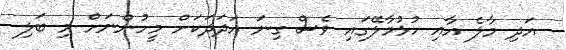
އަދި މާލެ އާއި ހުޅުމާލޭގައި ވެސް ގިނަ އަދަދަކަށް މީހުންނަށް މި ބަލި